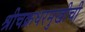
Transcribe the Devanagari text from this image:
श्रीचक्रधरमुखीची